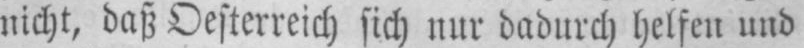
nicht, daß Oesterreich sich nur dadurch helfen und